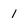
Character: 1